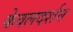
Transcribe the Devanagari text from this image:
केवलदर्शन